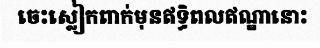
ចេះស្លៀកពាក់មុនឥទ្ធិពលឥណ្ឌានោះ